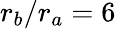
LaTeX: r_{b}/r_{a}=6